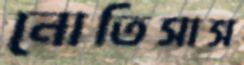
নোতিসাস